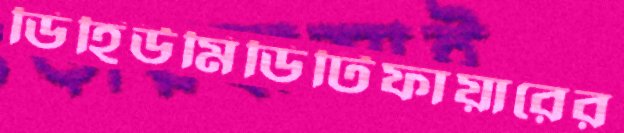
ডিহিউমিডিটিফায়ারের